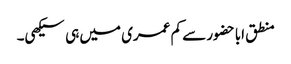
منطق اباحضور سے کم عمری میں ہی سیکھی۔